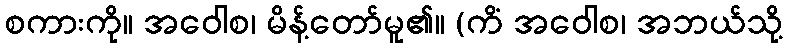
စကားကို။ အဝေါစ၊ မိန့်တော်မူ၏။ (ကိံ အဝေါစ၊ အဘယ်သို့